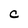
Character: C